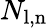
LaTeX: N_{\mathrm{l,n}}